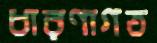
ধারণাগত